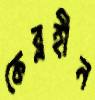
কেব্লহীন